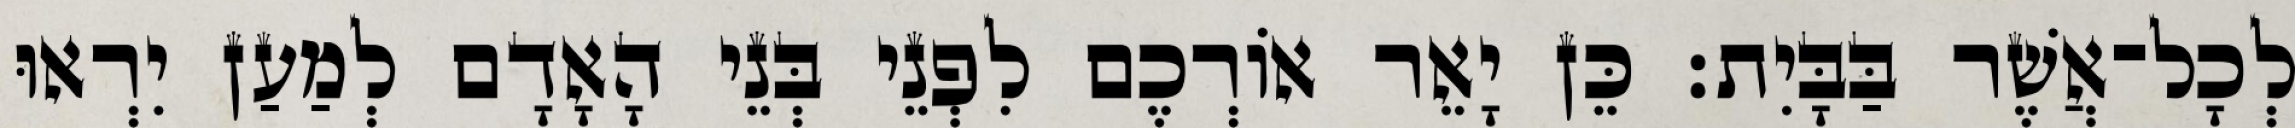
לְכָל־אֲשֶׁר בַּבָּיִת׃ כֵּן יָאֵר אוֹרְכֶם לִפְנֵי בְּנֵי הָאָדָם לְמַעַן יִרְאוּ